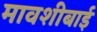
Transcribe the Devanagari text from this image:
मावशीबाई